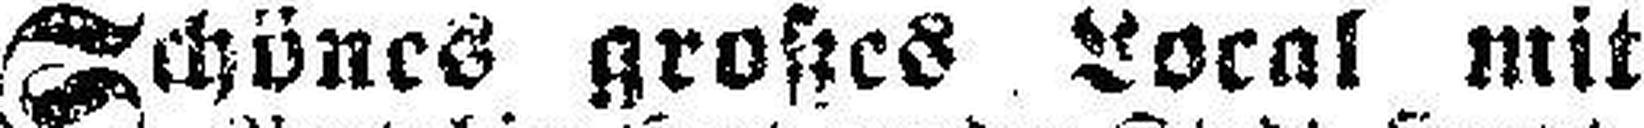
Schönes großes Local mit